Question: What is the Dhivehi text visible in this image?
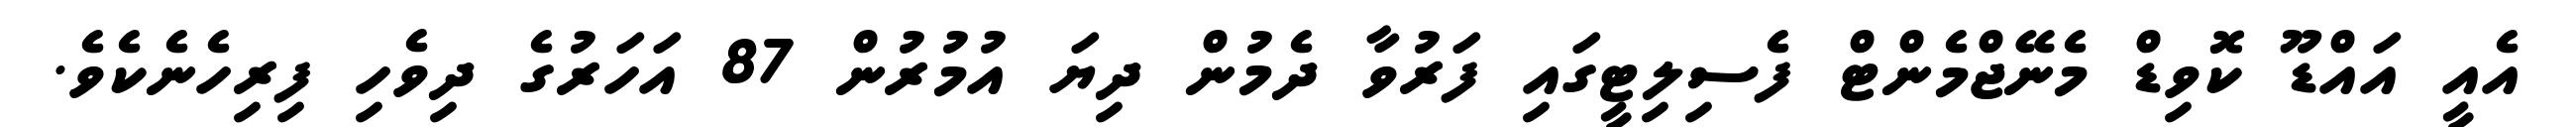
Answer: އެއީ އައްޑޫ ކޮވިޑް މެނޭޖްމެންޓް ފެސިލިޓީގައި ފަރުވާ ދެމުން ދިޔަ އުމުރުން 87 އަހަރުގެ ދިވެހި ފިރިހެނެކެވެ.